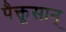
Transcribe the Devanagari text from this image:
पैक्तूसान्